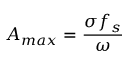
A _ { m a x } = { \frac { \sigma f _ { s } } { \omega } }